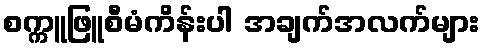
စက္ကူဖြူစီမံကိန်းပါ အချက်အလက်များ